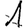
Digit: 1